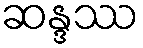
ဆန္ဒဿ